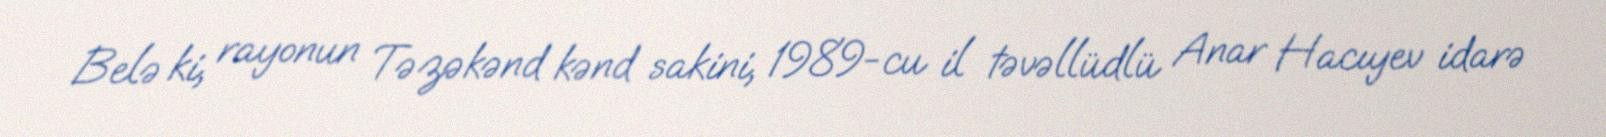
Belə ki, rayonun Təzəkənd kənd sakini, 1989-cu il təvəllüdlü Anar Hacıyev idarə